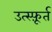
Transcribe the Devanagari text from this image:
उत्स्फ़ूर्त